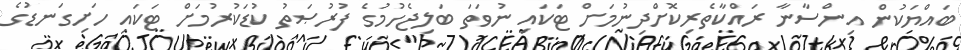
ބައްޔަކުން އިންސާނާ ރައްކާތެރިކޮށްދިނުމަށް ޓަކައި ނުވަތަ ބަލިޖެހުމުގެ ފުރުޞަތު ކުޑަކުރުމަށް ޓަކައި ހަށިގަނޑުގެ